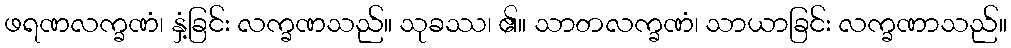
ဖရဏလက္ခဏံ၊ နှံ့ခြင်း လက္ခဏသည်။ သုခဿ၊ ၏။ သာတလက္ခဏံ၊ သာယာခြင်း လက္ခဏာသည်။